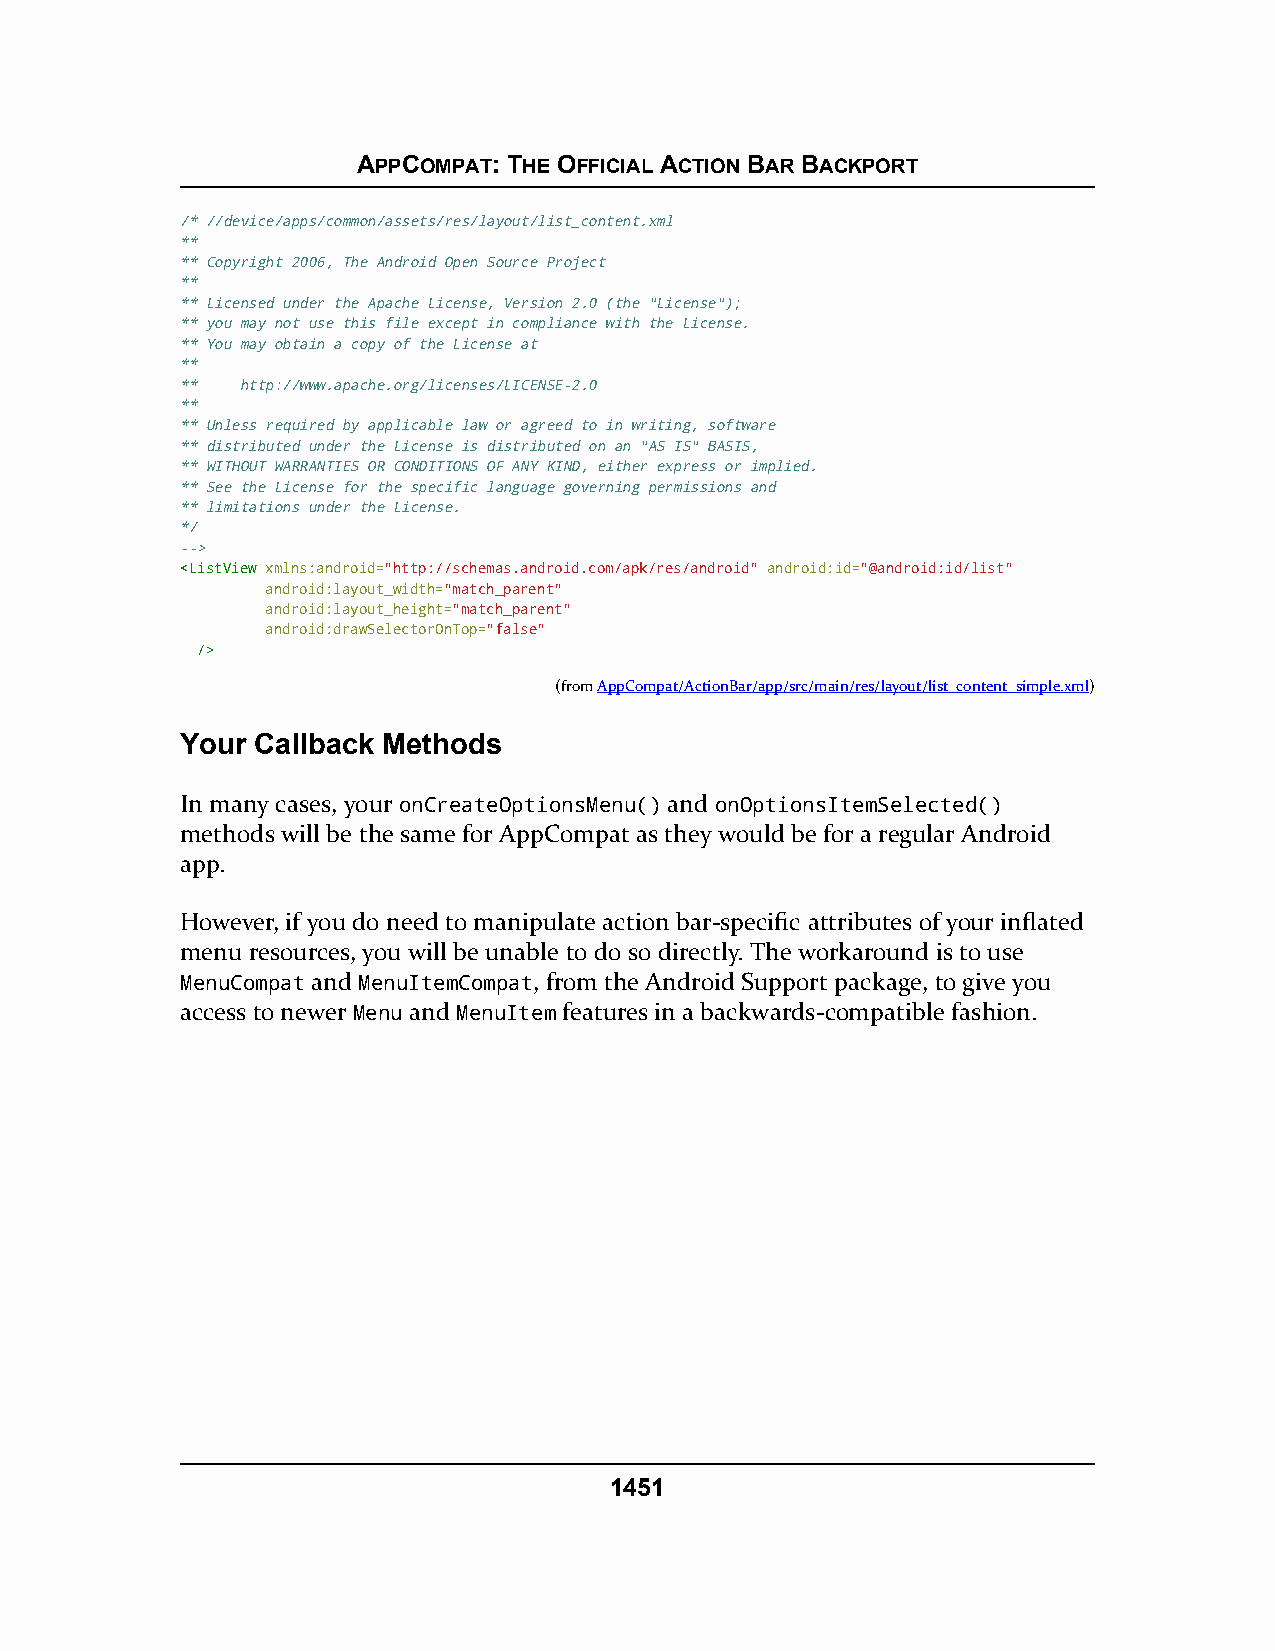
APPCOMPAT: THE OFFICIAL ACTION BAR BACKPORT
 /* //device/apps/common/assets/res/layout/list_content.xml
 **
 ** Copyright 2006, The Android Open Source Project
 **
 ** Licensed under the Apache License, Version 2.0 (the "License");
 ** you may not use this file except in compliance with the License.
 ** You may obtain a copy of the License at
 **
 **  http://www.apache.org/licenses/LICENSE-2.0
 **
 ** Unless required by applicable law or agreed to in writing, software
 ** distributed under the License is distributed on an "AS IS" BASIS,
 ** WITHOUT WARRANTIES OR CONDITIONS OF ANY KIND, either express or implied.
 ** See the License for the specific language governing permissions and
 ** limitations under the License.
 */
 -->
 <<LLiissttVViieeww xmlns:android="http://schemas.android.com/apk/res/android" android:id="@android:id/list"
 android:layout_width="match_parent"
 android:layout_height="match_parent"
 android:drawSelectorOnTop="false"
 //>>
 (fromAppCompat/ActionBar/app/src/main/res/layout/list_content_simple.xml)
 Your Callback Methods
 In many cases, your onCreateOptionsMenu() and onOptionsItemSelected()
 methods will be the same for AppCompat as they would be for a regular Android
 app.
 However, if you do need to manipulate action bar-specific attributes of your inflated
 menu resources, you will be unable to do so directly. The workaround is to use
 MenuCompat and MenuItemCompat, from the Android Support package, to give you
 access to newer Menu and MenuItem features in a backwards-compatible fashion.
 1451